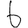
Digit: 6